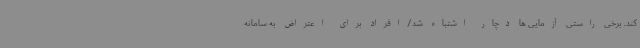
کند. برخی راستی آزمایی ها دچار اشتباه شد/افراد برای اعتراض به سامانه